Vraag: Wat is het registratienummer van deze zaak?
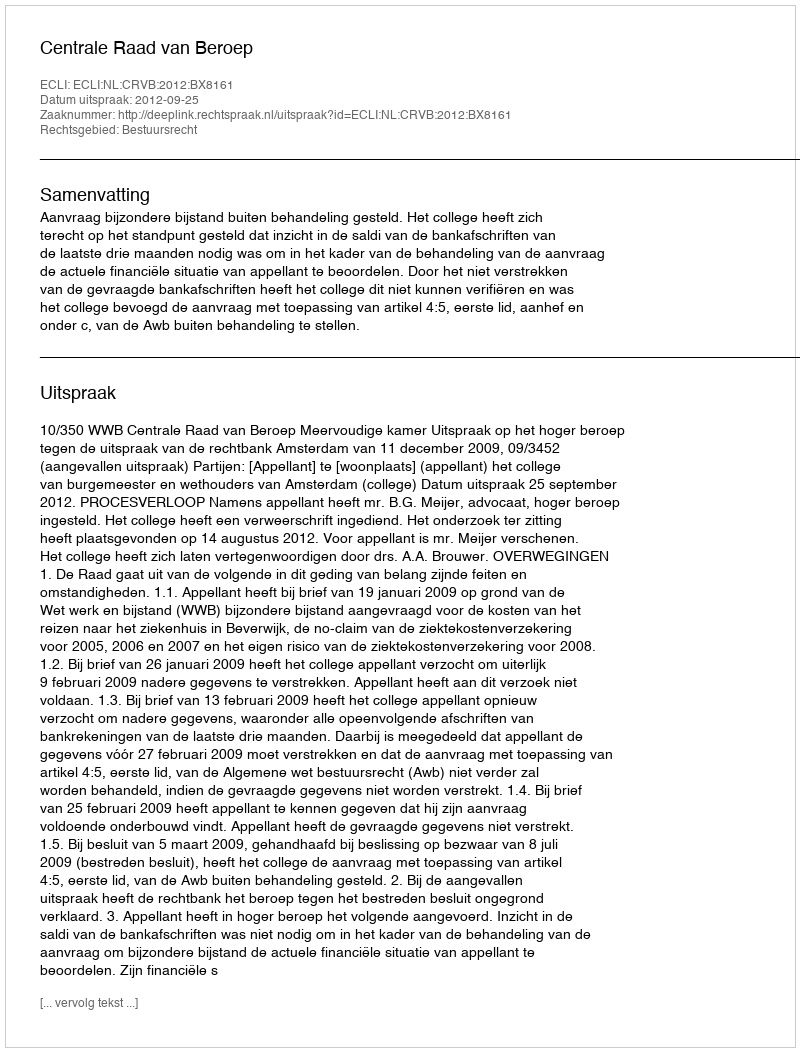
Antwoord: http://deeplink.rechtspraak.nl/uitspraak?id=ECLI:NL:CRVB:2012:BX8161